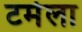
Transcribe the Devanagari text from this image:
टर्मला